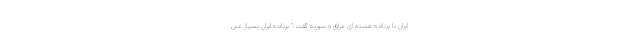
ایران با برنامه هسته ای عراق و سوریه گفت:" برنامه ایران بسیار غنی